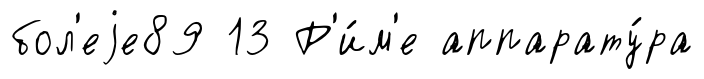
бол'еjе89 13 Р'и́м'е аппарату́ра